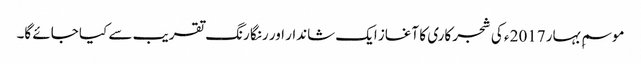
موسمِ بہار 2017 ء کی شجر کاری کا آغاز ایک شاندار اور رنگا رنگ تقریب سے کیا جائے گا۔